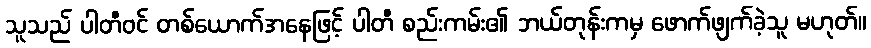
သူသည် ပါတီဝင် တစ်ယောက်အနေဖြင့် ပါတီ စည်းကမ်း၏ ဘယ်တုန်းကမှ ဖောက်ဖျက်ခဲ့သူ မဟုတ်။